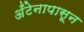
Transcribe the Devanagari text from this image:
अँटेनापासून